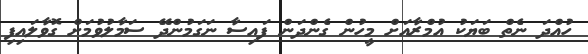
ހުއްދަ ނެތް ބަޔަކު އުމްރާއަށް މީހުން ގެންދަން ފައިސާ ނަގަމުންދޭ ސަމާލުވުމަށް ގޮވާލައިފި